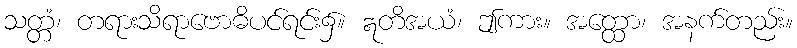
သတ္တံ၊ တရားသိရာဗောဓိပင်ရင်း၌။ ဣတိအယံ၊ ဤကား။ အတ္ထော၊ အနက်တည်း။